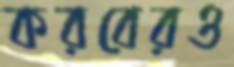
করবেরও